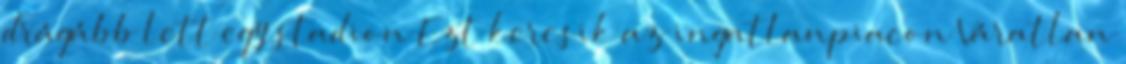
drágább lett egy stadion Ezt keresik az ingatlanpiacon Váratlan